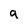
Character: q